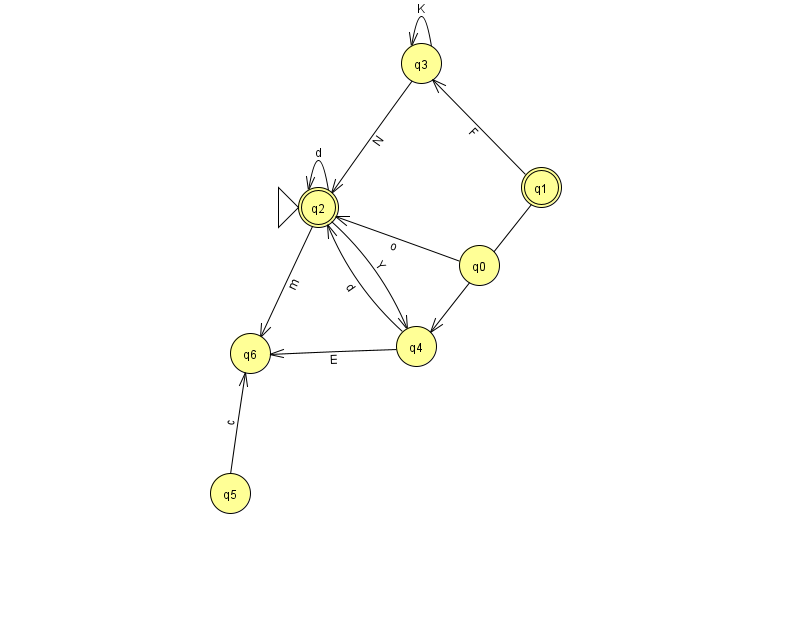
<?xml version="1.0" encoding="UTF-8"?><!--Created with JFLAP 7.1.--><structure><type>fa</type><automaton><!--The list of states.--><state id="0" name="q0"><x>479.0</x><y>252.0</y></state><state id="1" name="q1"><x>541.0</x><y>174.0</y><final/></state><state id="2" name="q2"><x>318.0</x><y>194.0</y><initial/><final/></state><state id="3" name="q3"><x>421.0</x><y>50.0</y></state><state id="4" name="q4"><x>416.0</x><y>333.0</y></state><state id="5" name="q5"><x>230.0</x><y>480.0</y></state><state id="6" name="q6"><x>250.0</x><y>340.0</y></state><!--The list of transitions.--><transition><from>4</from><to>6</to><read>E</read></transition><transition><from>5</from><to>6</to><read>c</read></transition><transition><from>2</from><to>2</to><read>d</read></transition><transition><from>2</from><to>6</to><read>m</read></transition><transition><from>1</from><to>4</to><read>P</read></transition><transition><from>2</from><to>4</to><read>Y</read></transition><transition><from>0</from><to>2</to><read>o</read></transition><transition><from>3</from><to>3</to><read>K</read></transition><transition><from>4</from><to>2</to><read>d</read></transition><transition><from>3</from><to>2</to><read>N</read></transition><transition><from>1</from><to>3</to><read>F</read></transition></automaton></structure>